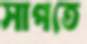
সাপতে